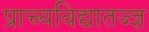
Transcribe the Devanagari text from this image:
प्राच्यविद्यातज्ज्ञ